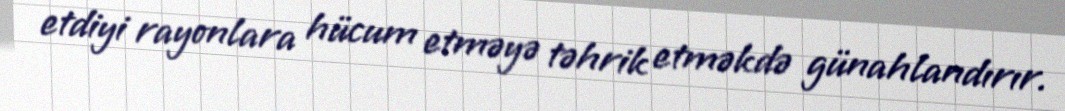
etdiyi rayonlara hücum etməyə təhrik etməkdə günahlandırır.